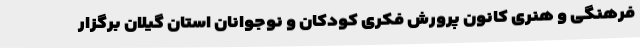
فرهنگی و هنری کانون پرورش فکری کودکان و نوجوانان استان گیلان برگزار